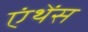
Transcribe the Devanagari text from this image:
एंथेंस